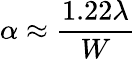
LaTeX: \alpha\approx{\frac{1.22\lambda}{W}}